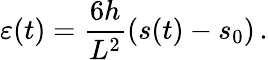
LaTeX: \varepsilon(t)=\frac{6h}{L^{2}}(s(t)-s_{0})\, .